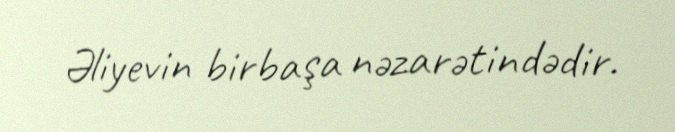
Əliyevin birbaşa nəzarətindədir.